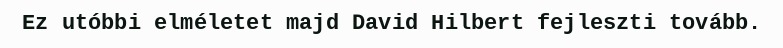
Ez utóbbi elméletet majd David Hilbert fejleszti tovább.